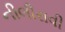
નીલીરાવી